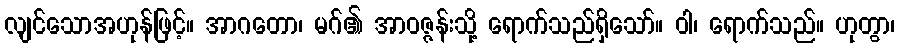
လျင်သောအဟုန်ဖြင့်။ အာဂတော၊ မဂ်၏ အာဝဇ္ဇန်းသို့ ရောက်သည်ရှိသော်။ ဝါ၊ ရောက်သည်။ ဟုတွာ၊